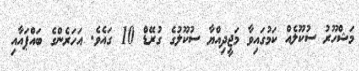
މަޝްހޫރު ސުކޫލެއް ކަމުގައިވާ މަޖީދިއްޔާ ސުކޫލުގެ ގުރޭޑް 10 ގައެވެ. އަހަރެންގެ ބައްޕައާއި